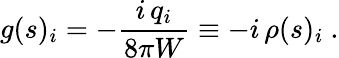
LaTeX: g(s)_{i}=-\frac{i\, q_{i}}{8\pi W}\equiv-i\, \rho(s)_{i}~.